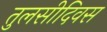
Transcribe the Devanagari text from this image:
तुलसीदिवस